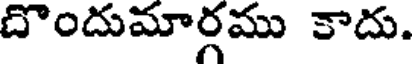
దొందుమార్గము కాదు.